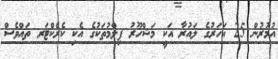
އުމުރުން 25 އަހަރުގެ ލައުރާ އަކީ މަޝްހޫރު ފިލްމުތަކުގެ އެކި ކެރެކްޓަރ ތައްވެސް